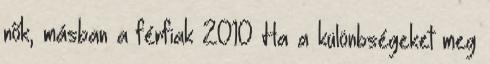
nők, másban a férfiak 2010 Ha a különbségeket meg